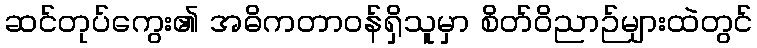
ဆင်တုပ်ကွေး၏ အဓိကတာဝန်ရှိသူမှာ စိတ်ဝိညာဉ်များထဲတွင်